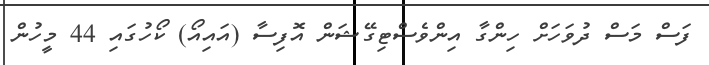
ފަސް މަސް ދުވަހަށް ހިންގާ އިންވެސްޓިގޭޝަން އޮފިސާ (އައިއޯ) ކޯހުގައި 44 މީހުން